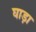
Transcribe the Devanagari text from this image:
घाड़ा